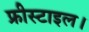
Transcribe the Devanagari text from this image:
फ्रीस्टाइल।